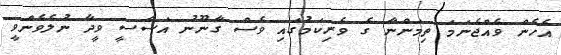
އެހެން ވެއްޖެނަމަ ތިމަންނާ ގެ ވެރިކަމުގައި ވެސް ގާނޫނު އަސާސީ ވީދާ ނުލެވެންވީ